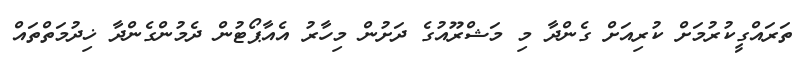
ތަރައްގީކުރުމަށް ކުރިއަށް ގެންދާ މި މަޝްރޫއުގެ ދަށުން މިހާރު އެއާޕޯޓުން ދެމުންގެންދާ ޚިދުމަތްތައް